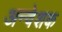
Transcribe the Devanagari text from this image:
अन्वेशक